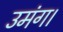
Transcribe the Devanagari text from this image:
उमंग।